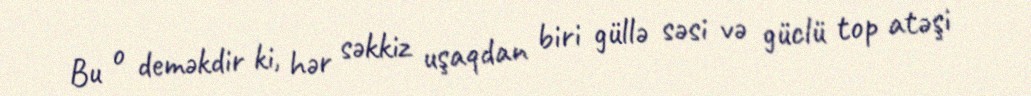
Bu o deməkdir ki, hər səkkiz uşaqdan biri güllə səsi və güclü top atəşi